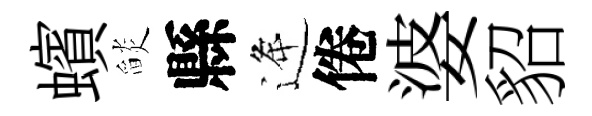
蠙𦦨縣逄倦婆貂